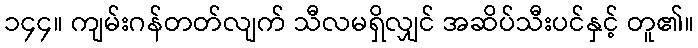
၁၄၄။ ကျမ်းဂန်တတ်လျက် သီလမရှိလျှင် အဆိပ်သီးပင်နှင့် တူ၏။